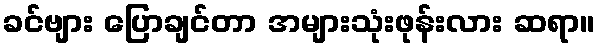
ခင်ဗျား ပြောချင်တာ အများသုံးဖုန်းလား ဆရာ။